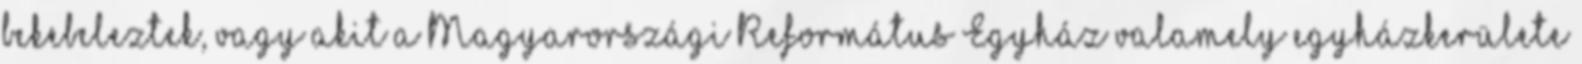
bekebeleztek, vagy akit a Magyarországi Református Egyház valamely egyházkerülete